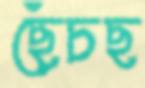
ছেঁচছ